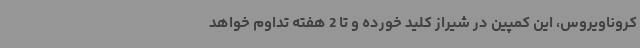
کروناویروس، این کمپین در شیراز کلید خورده و تا 2 هفته تداوم خواهد